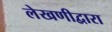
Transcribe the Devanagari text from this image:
लेखणीद्वारा